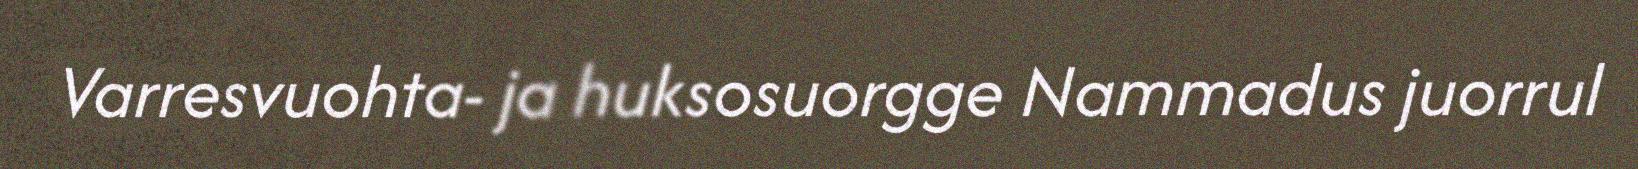
Varresvuohta- ja huksosuorgge Nammadus juorrul